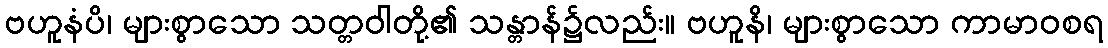
ဗဟူနံပိ၊ များစွာသော သတ္တဝါတို့၏ သန္တာန်၌လည်း။ ဗဟူနိ၊ များစွာသော ကာမာဝစရ